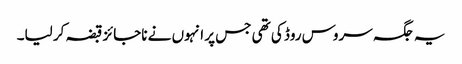
یہ جگہ سروس روڈ کی تھی جس پر انہوں نے ناجائز قبضہ کر لیا۔